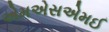
એમએસએમઈ